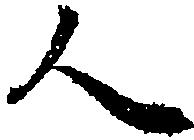
人